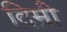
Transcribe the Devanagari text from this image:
दिम्री